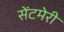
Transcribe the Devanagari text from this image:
सेंटमेरी